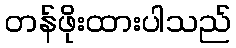
တန်ဖိုးထားပါသည်